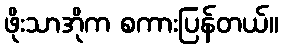
ဖိုးသာအိုက စကားပြန်တယ်။